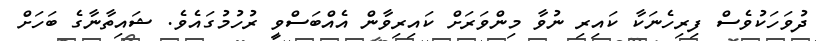
ދުވަހަކުވެސް ފިރިހެނަކާ ކައިރި ނުވާ މިންވަރަށް ކައިރިވާން އެއްބަސްވީ ރުހުމުގައެވެ. ޝައިތާނާގެ ބަހަށް